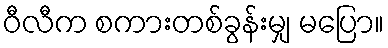
ဝီလီက စကားတစ်ခွန်းမျှ မပြော။